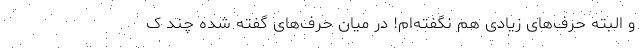
و البته حرف‌های زیادی هم نگفته‌ام! در میان حرف‌های گفته شده چند ک